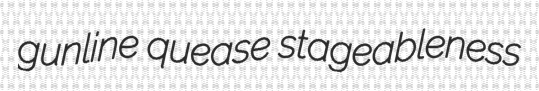
gunline quease stageableness